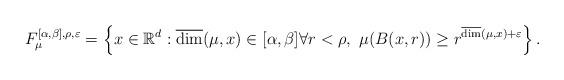
LaTeX: \begin{align*} F_{\mu}^{[\alpha,\beta],\rho,\varepsilon}=\left\{x\in \mathbb{R}^d : \overline{\dim} (\mu,x)\in [\alpha, \beta]\forall r<\rho, \ \mu(B(x,r))\geq r^{\overline{\dim} (\mu,x)+\varepsilon}\right\}.\end{align*}